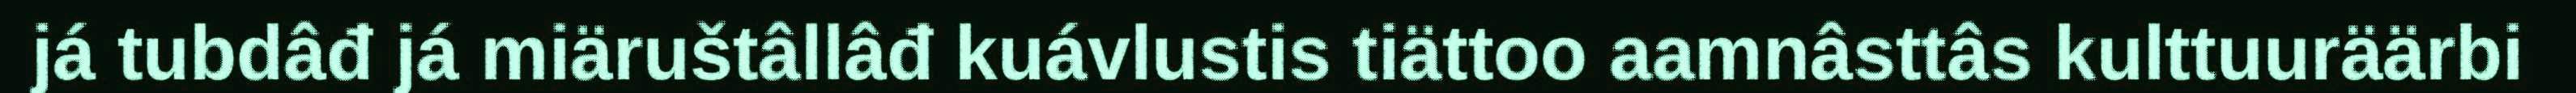
já tubdâđ já miäruštâllâđ kuávlustis tiättoo aamnâsttâs kulttuuräärbi